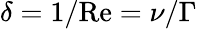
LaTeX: \delta=1/\mathrm{Re}=\nu/\Gamma